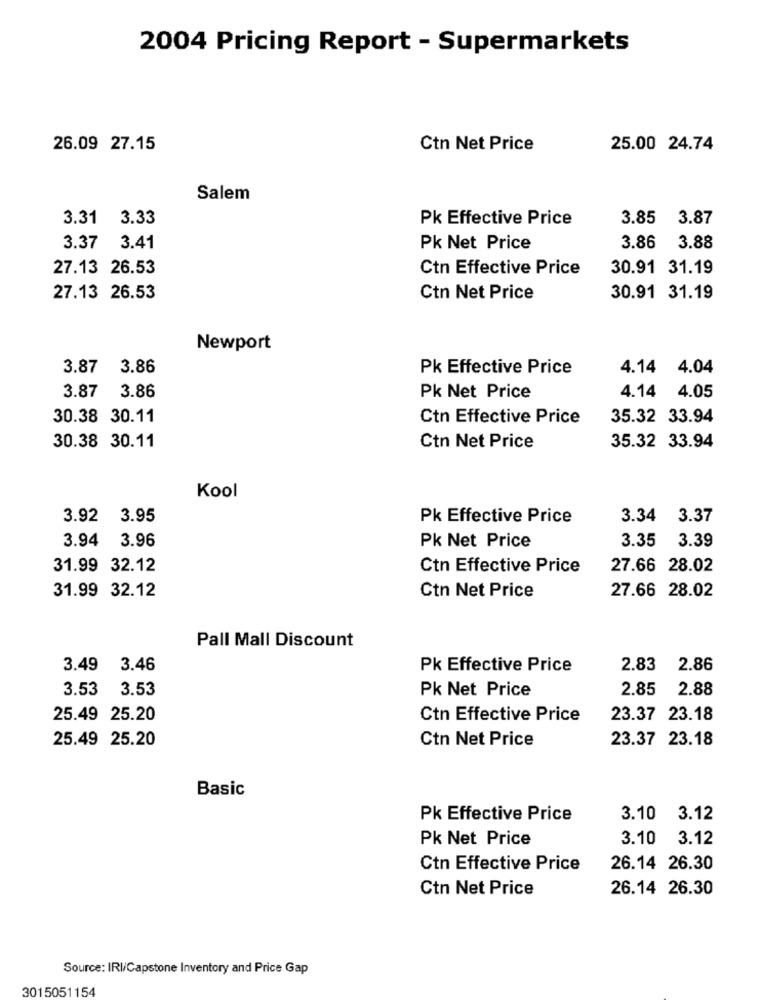
2004 Pricing Report - Supermarkets
26.09 27.15
Ctn Net Price
25.00 24.74
Salem
3.31 3.33
Pk Effective Price
3.85
3.87
3.37 3.41
Pk Net Price
3.86
3.88
27.13 26.53
Ctn Effective Price
30.91 31.19
27.13 26.53
Ctn Net Price
30.91 31.19
Newport
3.87 3.86
Pk Effective Price
4.14 4.04
3.87
3.86
Pk Net Price
4.14 4.05
30.38 30.11
Ctn Effective Price
35.32 33.94
30.38 30.11
Ctn Net Price
35.32 33.94
Kool
3.92 3.95
Pk Effective Price
3.34 3.37
3.94 3.96
Pk Net Price
3.35
3.39
31.99 32.12
Ctn Effective Price
27.66 28.02
31.99 32.12
Ctn Net Price
27.66 28.02
Pall Mall Discount
3.49 3.46
Pk Effective Price
2.83
2.86
3.53
3.53
Pk Net Price
2.85
2.88
25.49 25.20
Ctn Effective Price
23.37 23.18
Ctn Net Price
23.37 23.18
25.49 25.20
Basic
Pk Effective Price
3.10
3.12
Pk Net Price
3.10
3.12
Ctn Effective Price
26.14 26.30
Ctn Net Price
26.14 26.30
Source: IRI/Capstone Inventory and Price Gap
3015051154